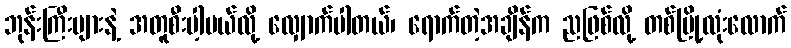
ဘုန်းကြီးများနဲ့ အတူစီးပါ့မယ်လို့ လျှောက်ပါတယ်၊ ရောက်တဲ့အချိန်က ညဖြစ်လို့ တစ်မြို့လုံးလောက်